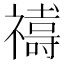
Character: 𮂞